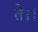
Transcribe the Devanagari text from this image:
ते।।